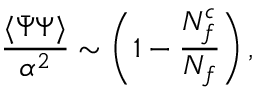
{ \frac { \langle \bar { \Psi } \Psi \rangle } { \alpha ^ { 2 } } } \sim \left( 1 - { \frac { N _ { f } ^ { c } } { N _ { f } } } \right) ,